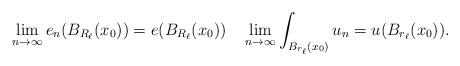
LaTeX: \begin{align*}\lim_{n\to\infty}e_n(B_{R_\ell}(x_0))=e(B_{R_\ell}(x_0))\quad \lim_{n\to\infty}\int_{B_{r_\ell}(x_0)}u_n=u(B_{r_\ell}(x_0)).\end{align*}